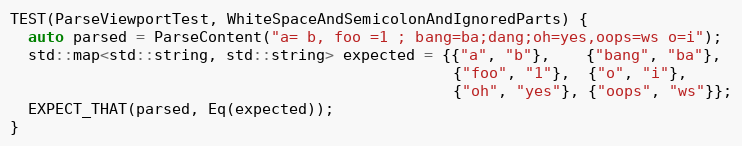
Language: C++
TEST(ParseViewportTest, WhiteSpaceAndSemicolonAndIgnoredParts) {
  auto parsed = ParseContent("a= b, foo =1 ; bang=ba;dang;oh=yes,oops=ws o=i");
  std::map<std::string, std::string> expected = {{"a", "b"},    {"bang", "ba"},
                                                 {"foo", "1"},  {"o", "i"},
                                                 {"oh", "yes"}, {"oops", "ws"}};
  EXPECT_THAT(parsed, Eq(expected));
}